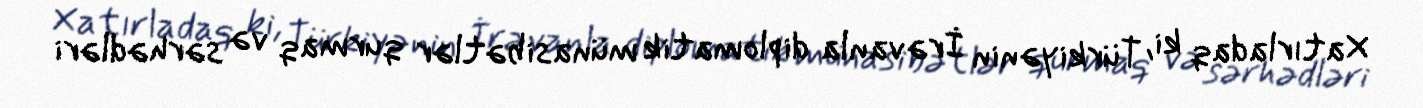
Xatırladaq ki, Türkiyənin İrəvanla diplomatik münasibətlər qurmaq və sərhədləri